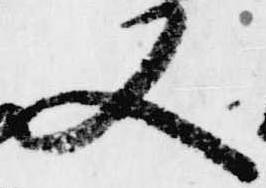
又